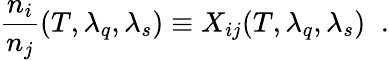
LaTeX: \frac{n_{i}}{n_{j}}(T,\lambda_{q},\lambda_{s})\equiv X_{ij}(T,\lambda_{q},\lambda_{s})\; \; .